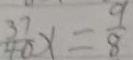
\frac { 3 7 } { 4 0 } x = \frac { 9 } { 8 }